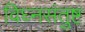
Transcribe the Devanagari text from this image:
विघ्नसंतुष्ट